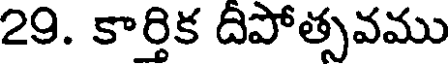
29. కార్తిక దిపోత్సవము